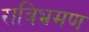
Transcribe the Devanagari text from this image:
रात्रिभ्रमण